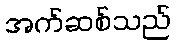
အက်ဆစ်သည်